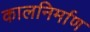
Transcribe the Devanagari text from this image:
कालनिर्माण